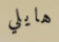
هايلي